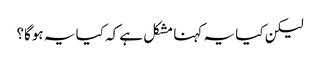
لیکن کیا یہ کہنا مشکل ہے کہ کیا یہ ہوگا؟